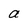
Character: a